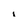
Character: i